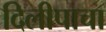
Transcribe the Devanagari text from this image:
दिलीपाचा